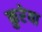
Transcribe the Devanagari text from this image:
कुरेया